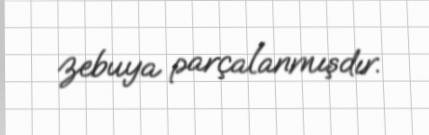
zebuya parçalanmışdır.